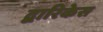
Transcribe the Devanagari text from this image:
द्वारिकेस